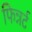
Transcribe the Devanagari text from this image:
फिन्नर्ट